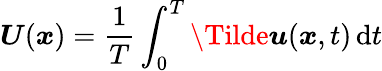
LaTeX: \boldsymbol{U}(\boldsymbol{x})=\frac{1}{T}\int_{0}^{T}\boldsymbol{\Tilde{u}}(\boldsymbol{x},t)\, \mathrm{d}t